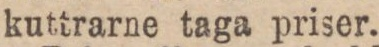
kuttrarne taga priser.